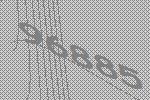
96885